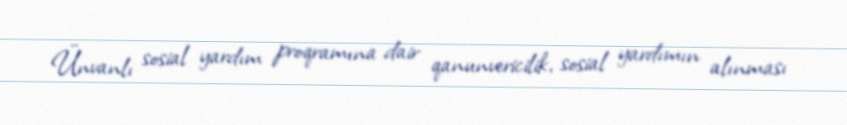
Ünvanlı sosial yardım proqramına dair qanunvericilik, sosial yardımın alınması